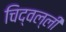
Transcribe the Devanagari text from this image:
चिद्वल्ली